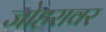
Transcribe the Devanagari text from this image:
जोहरावर